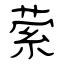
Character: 萦